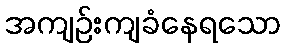
အကျဉ်းကျခံနေရသော